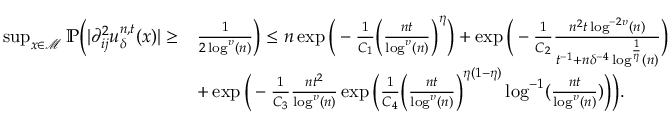
\begin{array} { r l } { \operatorname* { s u p } _ { x \in \mathcal { M } } \mathbb { P } \Big ( \vert \partial _ { i j } ^ { 2 } u _ { \delta } ^ { n , t } ( x ) \vert \geq } & { \frac { 1 } { 2 \log ^ { \upsilon } ( n ) } \Big ) \leq n \exp \bigg ( - \frac { 1 } { C _ { 1 } } \Big ( \frac { n t } { \log ^ { \upsilon } ( n ) } \Big ) ^ { \eta } \bigg ) + \exp \bigg ( - \frac { 1 } { C _ { 2 } } \frac { n ^ { 2 } t \log ^ { - 2 \upsilon } ( n ) } { t ^ { - 1 } + n \delta ^ { - 4 } \log ^ { \frac { 1 } { \eta } } ( n ) } \bigg ) } \\ & { + \exp \bigg ( - \frac { 1 } { C _ { 3 } } \frac { n t ^ { 2 } } { \log ^ { \upsilon } ( n ) } \exp \Big ( \frac { 1 } { C _ { 4 } } \Big ( \frac { n t } { \log ^ { \upsilon } ( n ) } \Big ) ^ { \eta ( 1 - \eta ) } \log ^ { - 1 } ( \frac { n t } { \log ^ { \upsilon } ( n ) } ) \Big ) \bigg ) . } \end{array}